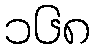
၁၆၈